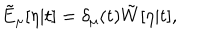
\tilde { E } _ { \mu } [ \eta | t ] = \delta _ { \mu } ( t ) \tilde { W } [ \eta | t ] ,